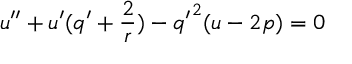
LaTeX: u ^ { \prime \prime } + u ^ { \prime } ( q ^ { \prime } + \frac { 2 } { r } ) - { q ^ { \prime } } ^ { 2 } ( u - 2 p ) = 0